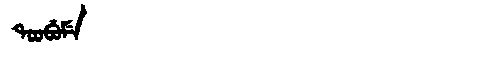
Manchu: ᡨᠣᠣᠪᡠᠮᡝ
Romanization: TOOBUME